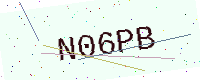
Text: N06PB